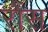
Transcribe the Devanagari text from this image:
रोंस